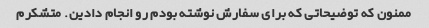
ممنون که توضیحاتی که برای سفارش نوشته بودم رو انجام دادین. متشکرم